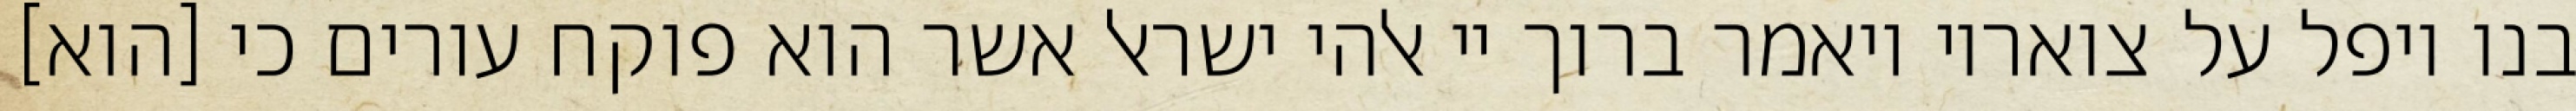
בנו ויפל על צואריו ויאמר ברוך יי אלהי ישראל אשר הוא פוקח עורים כי [הוא]